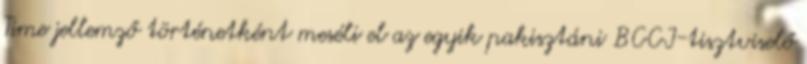
Time jellemző történetként meséli el az egyik pakisztáni BCCI-tisztviselő